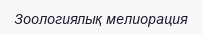
Зоологиялық мелиорация